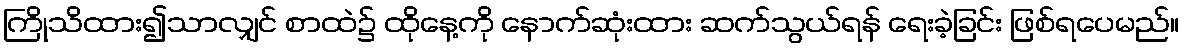
ကြိုသိထား၍သာလျှင် စာထဲ၌ ထိုနေ့ကို နောက်ဆုံးထား ဆက်သွယ်ရန် ရေးခဲ့ခြင်း ဖြစ်ရပေမည်။